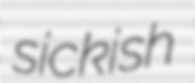
sickish